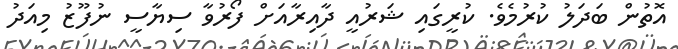
އޮތުން ބަދަލު ކުރުމެވެ. ކުރީގައި ޝަރުއީ ދާއިރާއަށް ފޯރުވާ ސިޔާސީ ނުފޫޒު މިއަދު